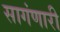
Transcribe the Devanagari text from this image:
सागंणारी